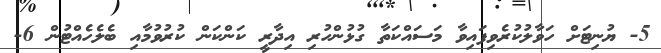
5- ޔުނިޓަށް ހަވާލުކުރެވިފައިވާ މަސައްކަތާ ގުޅުންހުރި އިދާރީ ކަންކަން ކުރުވުމާއި ބެލެހެއްޓުން 6-